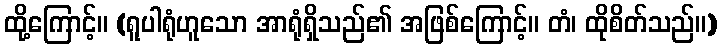
ထို့ကြောင့်။ (ရူပါရုံဟူသော အာရုံရှိသည်၏ အဖြစ်ကြောင့်။ တံ၊ ထိုစိတ်သည်။)